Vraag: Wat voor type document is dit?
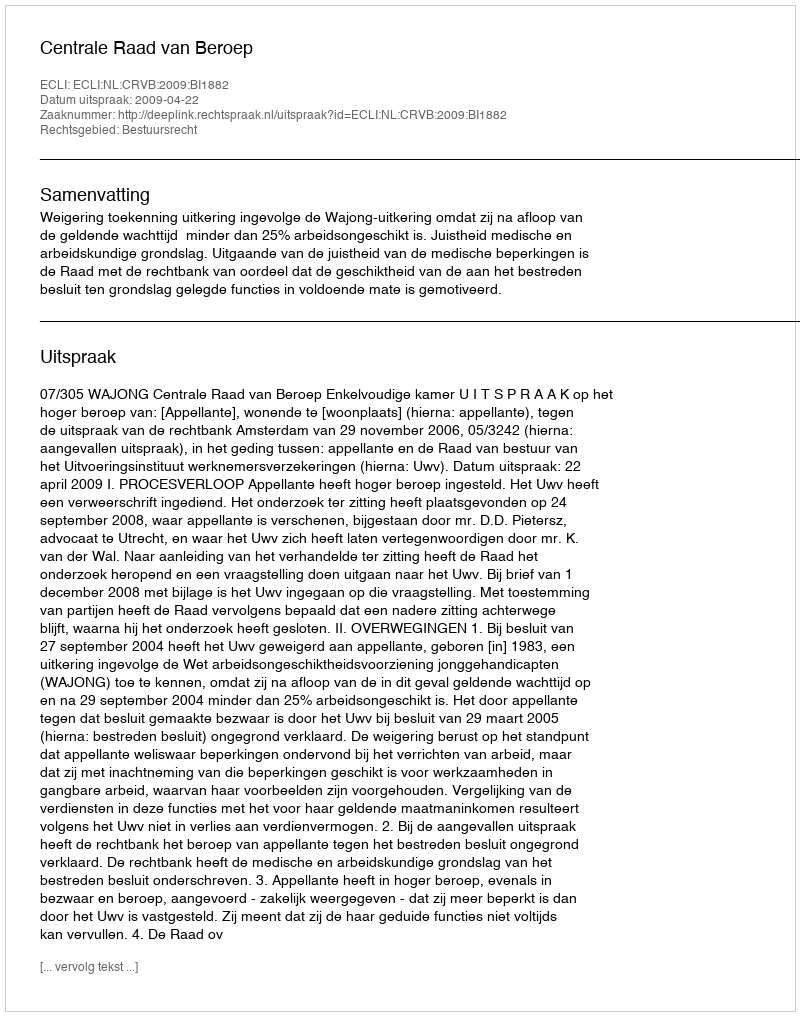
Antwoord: Uitspraak